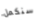
سنكمل